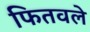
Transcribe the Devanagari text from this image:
फितवले